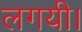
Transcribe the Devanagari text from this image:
लगयी।